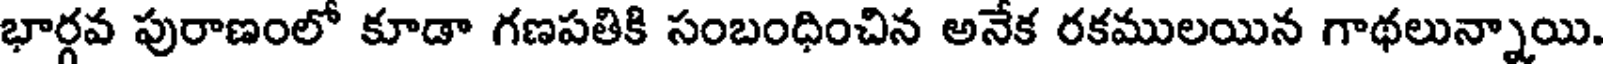
భార్గవ పురాణంలో కూడా గణపతికి సంబంధించిన అనేక రకములయిన గాథలున్నాయి.